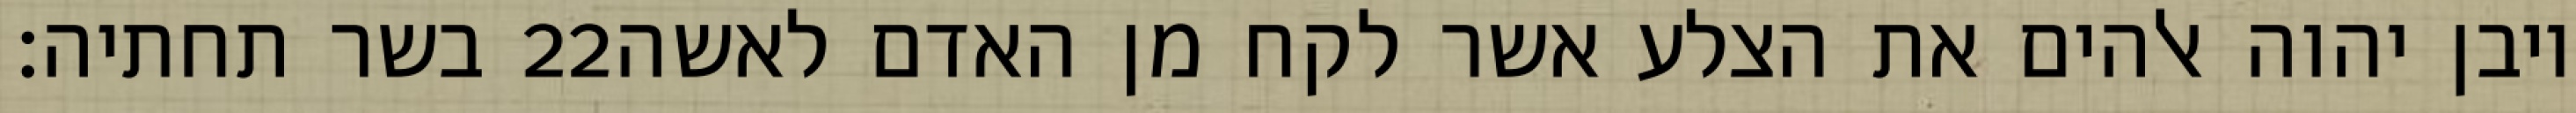
בשר תחתיה׃ ‎22‏ ויבן יהוה אלהים את הצלע אשר לקח מן האדם לאשה